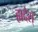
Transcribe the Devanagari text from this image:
ह्यदेस्